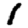
Digit: 1